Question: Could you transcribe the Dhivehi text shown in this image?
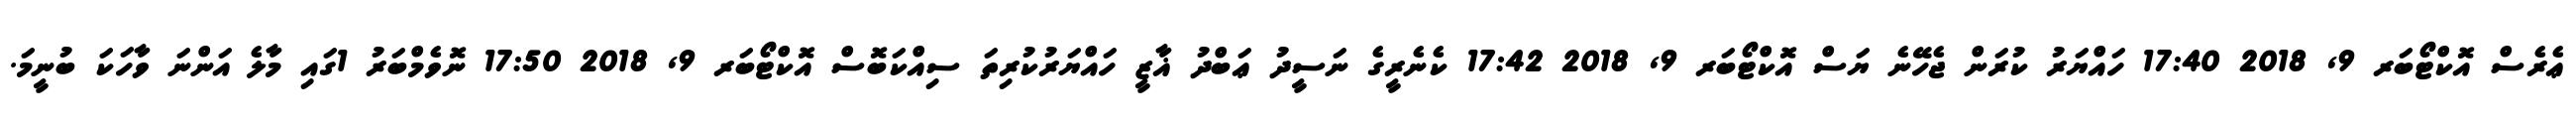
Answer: ޢެރެސް އޮކްޓޯބަރ 9, 2018 17:40 ހައްޔަރު ކުރަން ޖެހޭނެ ޔަސް އޮކްޓޯބަރ 9, 2018 17:42 ކެނެރީގެ ނަސީދު ޢަބްދު ޣާޒީ ހައްޔަރުކުރިތަ ސިއްކަބޮސް އޮކްޓޯބަރ 9, 2018 17:50 ނޮވެމްބަރު 1ގައި މާލެ އަންނަ ވާހަކަ ބުނީމަ.